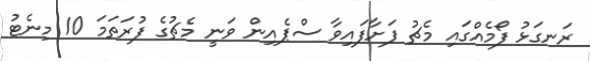
ރަނގަޅު ފޯމެއްގައި މެޗު ފަށާފައިވާ ސްޕެއިން ވަނީ މެޗުގެ ފުރަތަމަ 10 މިނެޓު